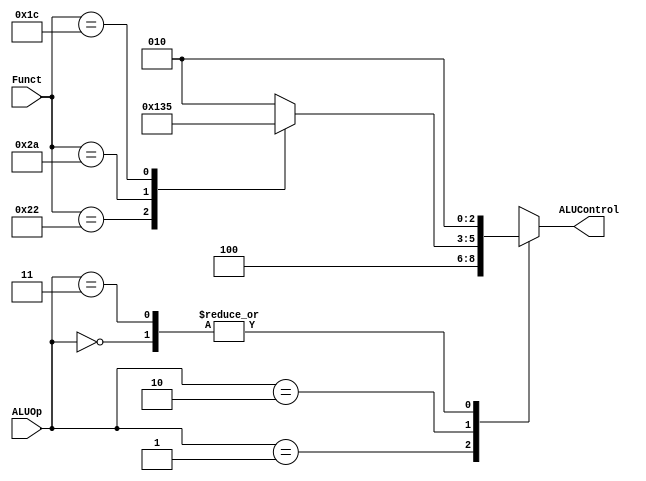

module ALU_Decoder 
(

input	wire	[5:0]	Funct,
input	wire	[1:0]	ALUOp,

output	reg		[2:0]	ALUControl

);



/****************************************************************************************/
/******************************* Funct field machine codes ******************************/
/****************************************************************************************/
localparam	add = 6'b100000,
			sub = 6'b100010,
			slt = 6'b101010,
			mul = 6'b011100 ;

always @(*)
 begin
	//initial values
	
	ALUControl = 3'b000 ;
	
	
	case (ALUOp)
	
	2'b00 : 	
	 begin
		ALUControl = 3'b010 ;
	 end
	
	2'b01 :  
	 begin
		ALUControl = 3'b100 ;
	 end
	
	2'b10 : 	  
	 begin
		case (Funct)
			add : ALUControl = 3'b010 ;
			sub : ALUControl = 3'b100 ;
			slt : ALUControl = 3'b110 ;
			mul : ALUControl = 3'b101 ;
			default : ALUControl = 3'b010 ;
		endcase
	 end
	
	2'b11 : 	
	 begin
		ALUControl = 3'b010 ;
	 end
	
	default	:
	 begin
		ALUControl = 3'b010 ;
	 end
	
	endcase
	
 end
endmodule